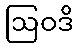
ဩဝဒိ